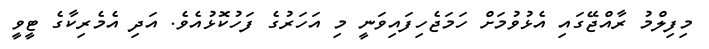
މިފިލްމު ރާއްޖޭގައި އެޅުވުމަށް ހަމަޖެހިފައިވަނީ މި އަހަރުގެ ފަހުކޮޅުއެވެ. އަދި އެމެރިކާގެ ޓީވީ